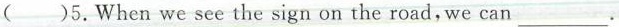
( )5.When we see the sign on the road,we can___.